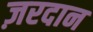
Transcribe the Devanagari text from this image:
ज़रदान